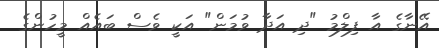
އޭނާގެ އާ ފިލްމު "ދި އަދާ ވުމަން" އަކީ ވެސް ބައެއް މީހުންގެ